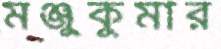
মঞ্জুকুমার